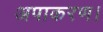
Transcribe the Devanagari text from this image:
अपाकरण।